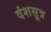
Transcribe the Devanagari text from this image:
दंशसूत्र